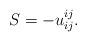
LaTeX: \begin{align*}S=-u^{ij}_{ij}.\end{align*}